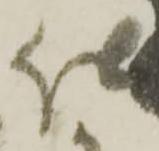
仕